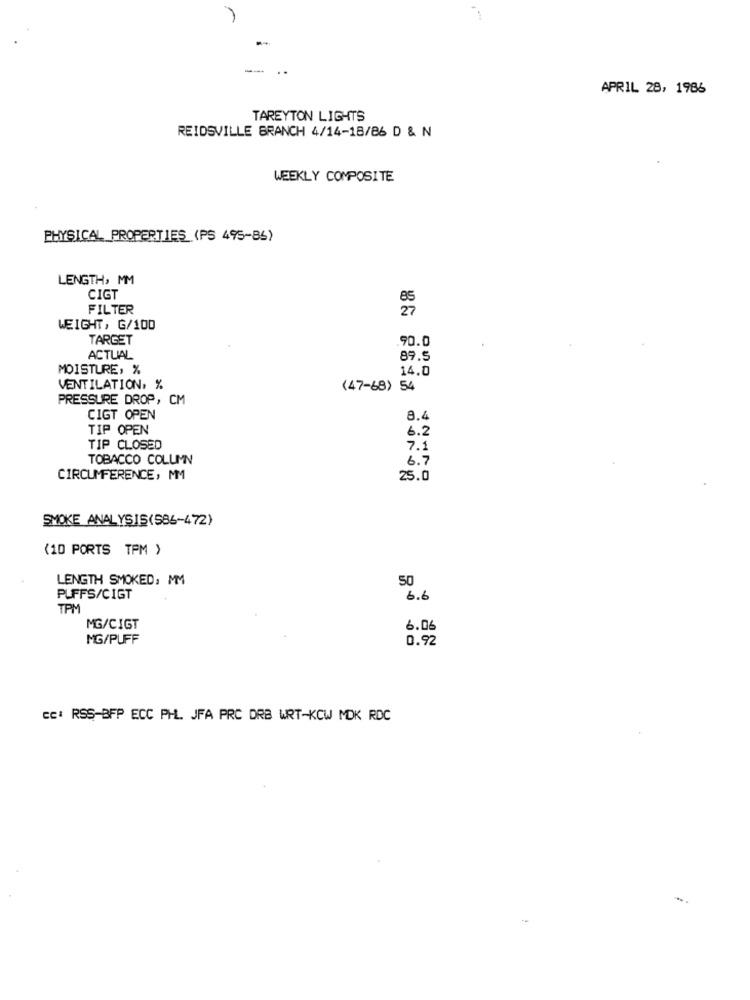
APRIL 28, 1986
TAREYTON LIGHTS
REIDSVILLE BRANCH 4/14-18/86 D & N
WEEKLY COMPOSITE
PHYSICAL PROPERTIES (PS 495-86)
LENGTH, MM
CIGT
85
FILTER
27
WEIGHT, G/100
TARGET
.90.0
ACTUAL
89.5
MOISTURE, %
14.0
VENTILATION, %
(47-68) 54
PRESSURE DROP, CM
CIGT OPEN
8.4
TIP OPEN
6.2
TIP CLOSED
7.1
TOBACCO COLUMN
6.7
CIRCUMFERENCE, MM
25.0
SMOKE ANALYSIS(S86-472)
(10 PORTS TPM )
LENGTH SMOKED: MM
50
PLFFS/CIGT
6.6
TPM
MG/CIGT
6.06
MG/PUFF
0.92
cc: RSS-BFP ECC PH. JFA PRC DRB WRT-KCW MDK RDC